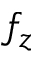
f _ { z }